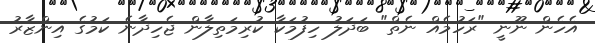
އެހެން ނޫނީ "ރަހުމެއް ނެތް" ބަދަލު ހިފުމަކާ ކުރިމަތިލާން ޖެހިދާނެ ކަމުގެ އިންޒާރު